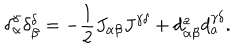
\delta _ { \alpha } ^ { \gamma } \delta _ { \beta } ^ { \delta } = - \frac 1 2 J _ { \alpha \beta } J ^ { \gamma \delta } + d _ { \alpha \beta } ^ { a } d _ { a } ^ { \gamma \delta } .